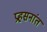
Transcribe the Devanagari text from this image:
प्रहसनांत